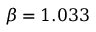
\beta = 1 . 0 3 3